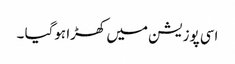
اسی پوزیشن میں کھڑا ہوگیا ۔